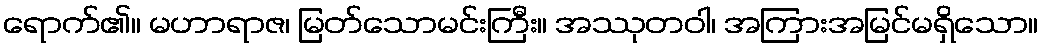
ရောက်၏။ မဟာရာဇ၊ မြတ်သောမင်းကြီး။ အဿုတဝါ၊ အကြားအမြင်မရှိသော။